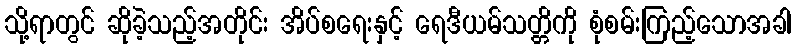
သို့ရာတွင် ဆိုခဲ့သည့်အတိုင်း အိပ်စရေးနှင့် ရေဒီယမ်သတ္တိကို စုံစမ်းကြည့်သောအခါ